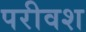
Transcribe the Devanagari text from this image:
परीवश